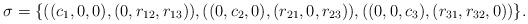
LaTeX: \begin{align*}\sigma = \{((c_1,0,0),(0,r_{12},r_{13})),((0,c_2,0),(r_{21},0,r_{23})),((0,0,c_3),(r_{31},r_{32},0))\}.\end{align*}